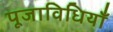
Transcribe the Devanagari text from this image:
पूजाविधियाँ